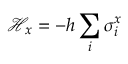
\mathcal { H } _ { x } = - h \sum _ { i } \sigma _ { i } ^ { x }